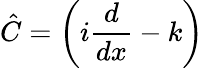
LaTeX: {\hat{C}}=\left(i{\frac{d}{dx}}-k\right)